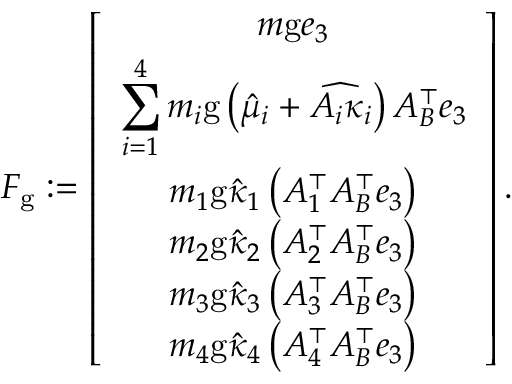
\begin{array} { r } { F _ { \mathrm { g } } : = \left[ \begin{array} { c } { m \mathrm { g } e _ { 3 } } \\ { \displaystyle \sum _ { i = 1 } ^ { 4 } m _ { i } \mathrm { g } \left( \hat { \mu } _ { i } + \widehat { A _ { i } \kappa _ { i } } \right) A _ { B } ^ { \top } e _ { 3 } } \\ { m _ { 1 } \mathrm { g } \hat { \kappa } _ { 1 } \left( A _ { 1 } ^ { \top } A _ { B } ^ { \top } e _ { 3 } \right) } \\ { m _ { 2 } \mathrm { g } \hat { \kappa } _ { 2 } \left( A _ { 2 } ^ { \top } A _ { B } ^ { \top } e _ { 3 } \right) } \\ { m _ { 3 } \mathrm { g } \hat { \kappa } _ { 3 } \left( A _ { 3 } ^ { \top } A _ { B } ^ { \top } e _ { 3 } \right) } \\ { m _ { 4 } \mathrm { g } \hat { \kappa } _ { 4 } \left( A _ { 4 } ^ { \top } A _ { B } ^ { \top } e _ { 3 } \right) } \end{array} \right] . } \end{array}